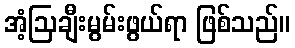
အံ့ဩချီးမွမ်းဖွယ်ရာ ဖြစ်သည်။